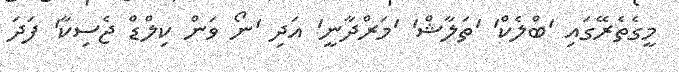
މީގެތެރޭގައި 'ބްލެކް' 'ތަލާޝް' 'މަރްދާނީ' އަދި 'ނޯ ވަން ކިލްޑް ޖެސިކާ' ފަދަ